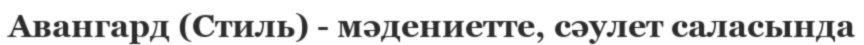
Авангард (Стиль) - мәдениетте, сәулет саласында